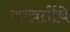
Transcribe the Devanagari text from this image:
करवतींचे